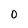
Character: 0